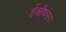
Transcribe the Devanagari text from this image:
ईश्रीधरन